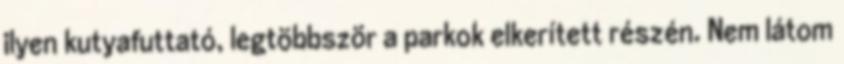
ilyen kutyafuttató, legtöbbször a parkok elkerített részén. Nem látom